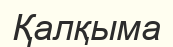
Қалқыма